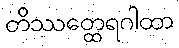
တိဿတ္ထေရဂါထာ